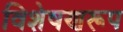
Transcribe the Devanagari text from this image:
विशेषणरूप